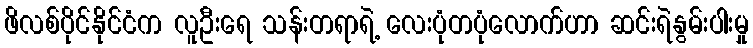
ဖိလစ်ပိုင်နိုင်ငံက လူဦးရေ သန်းတရာရဲ့ လေးပုံတပုံလောက်ဟာ ဆင်းရဲနွမ်းပါးမှု